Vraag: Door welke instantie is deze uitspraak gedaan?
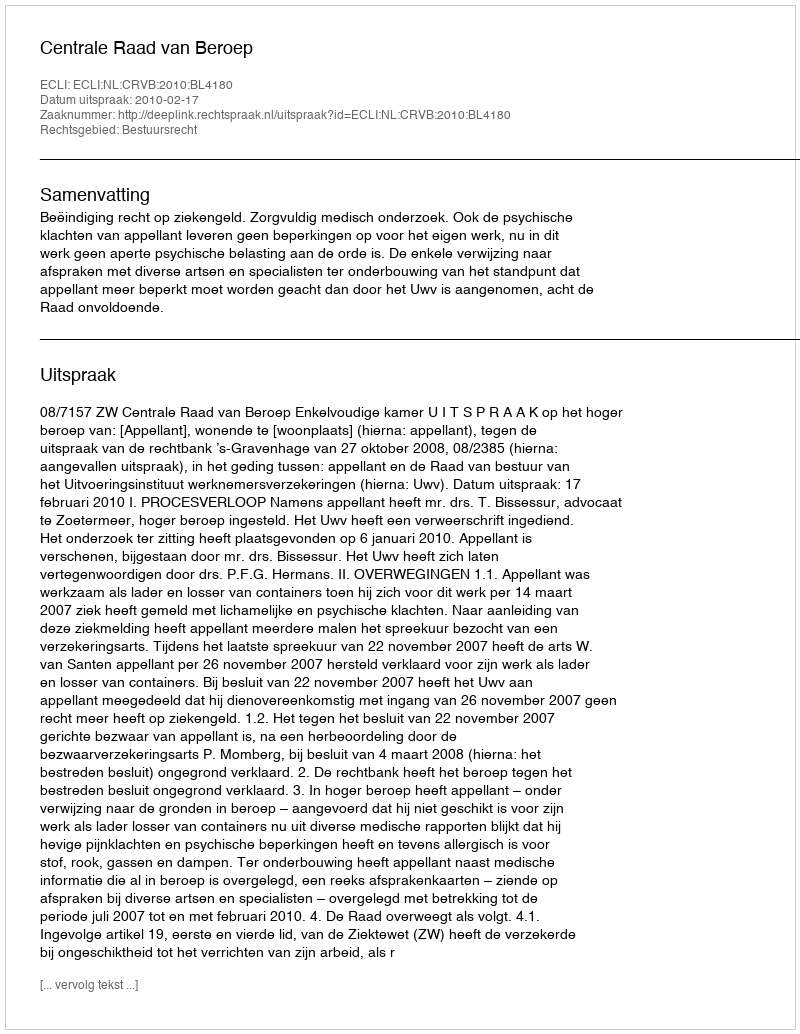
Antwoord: Centrale Raad van Beroep